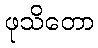
ဖုသိတော